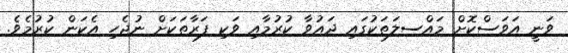
ވަނީ އަވަސްކޮށް މައްސލަތަކުގައި ދައުވާ ކުރުމާއި ވަކި ފަރާތަކަށް ނުޖެހި އެކަން ކުރުމެވެ.